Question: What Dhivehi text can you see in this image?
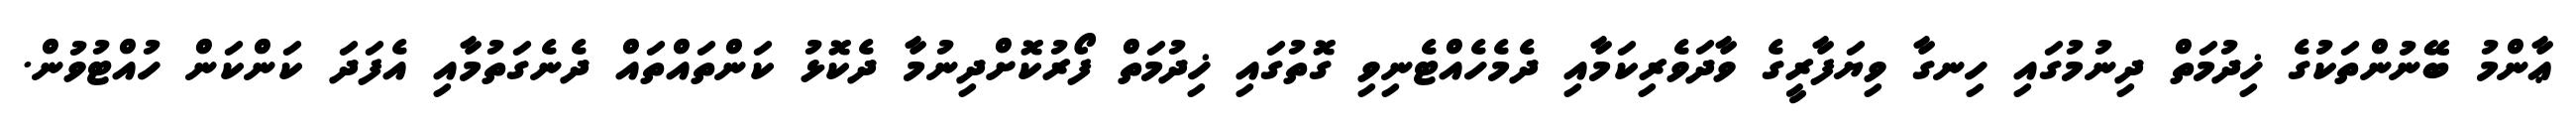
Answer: ޢާންމު ބޭނުންތަކުގެ ޚިދުމަތް ދިނުމުގައި ހިނގާ ވިޔަފާރީގެ ވާދަވެރިކަމާއި ދެމެހެއްޓެނިވި ގޮތުގައި ޚިދުމަތް ފޯރުކޮށްދިނުމާ ދެކޮޅު ކަންތައްތައް ދެނެގަތުމާއި އެފަދަ ކަންކަން ހުއްޓުވުން.